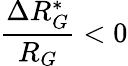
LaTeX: \frac{\Delta R_{G}^{*}}{R_{G}}<0